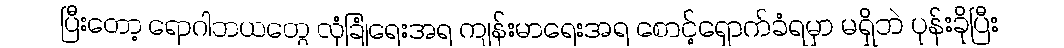
ပြီးတော့ ရောဂါဘယတွေ လုံခြုံရေးအရ ကျန်းမာရေးအရ စောင့်ရှောက်ခံရမှာ မရှိဘဲ ပုန်းခိုပြီး